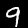
Label: 9